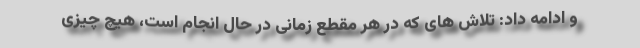
و ادامه داد: تلاش های که در هر مقطع زمانی در حال انجام است، هیچ چیزی